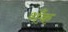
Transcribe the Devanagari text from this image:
थँक